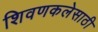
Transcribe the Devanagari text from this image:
शिवणकलेसाठी